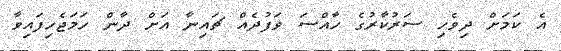
އެ ކަމަށް ދިވެހި ސަރުކާރުގެ ހާއްސަ ވަފުދެއް ޗައިނާ އަށް ދާން ހަމަޖެހިފައިވާ